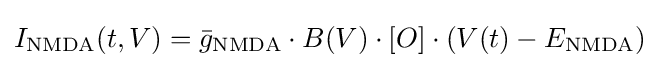
I_{\mathrm {NMDA} }(t,V)={\bar {g}}_{\mathrm {NMDA} }\cdot B(V)\cdot [O]\cdot (V(t)-E_{\mathrm {NMDA} })